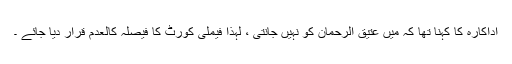
اداکارہ کا کہنا تھا کہ میں عتیق الرحمان کو نہیں جانتی ، لہٰذا فیملی کورٹ کا فیصلہ کالعدم قرار دیا جائے ۔